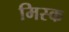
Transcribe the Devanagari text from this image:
मिस्क